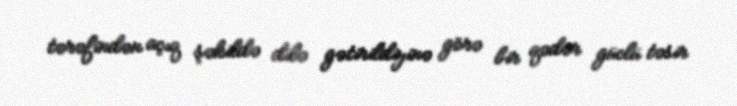
tərəfindən açıq şəkildə dilə gətirildiyinə görə bir qədər güclü təsir